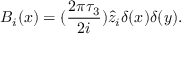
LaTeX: B _ { i } ( x ) = ( \frac { 2 \pi \tau _ { 3 } } { 2 i } ) \hat { z } _ { i } \delta ( x ) \delta ( y ) .